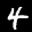
Label: 4